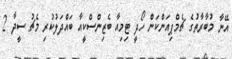
އޭނާ މުބާރާތުގެ ޗެމްޕިއަންކަން ހޯދީ ޓިމިއާ ބެޒިންސްކީއާ ބައްދަލުކުރި މެޗު ސީދާ 2